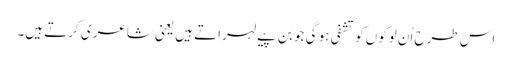
اس طرح اُن لوگوں کو تشفی ہو گی جو بن پیے لہراتے ہیں یعنی شاعری کرتے ہیں۔